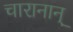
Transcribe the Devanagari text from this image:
चारानान्